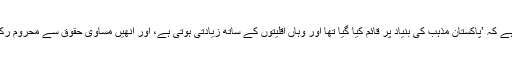
ان کا کہنا ہے کہ ’پاکستان مذہب کی بنیاد پر قائم کیا گیا تھا اور وہاں اقلیتوں کے ساتھ زیادتی ہوتی ہے، اور انھیں مساوی حقوق سے محروم رکھا جاتاہے۔